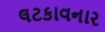
લટકાવનાર